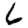
Digit: 6